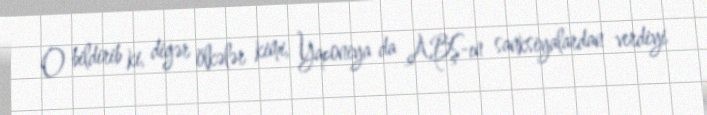
O bildirib ki, digər ölkələr kimi, Yaponiya da ABŞ-ın sanksiyalardan verdiyi